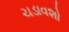
ચડાવશો